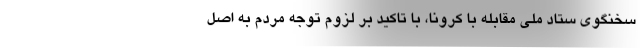
سخنگوی ستاد ملی مقابله با کرونا، با تاکید بر لزوم توجه مردم به اصل